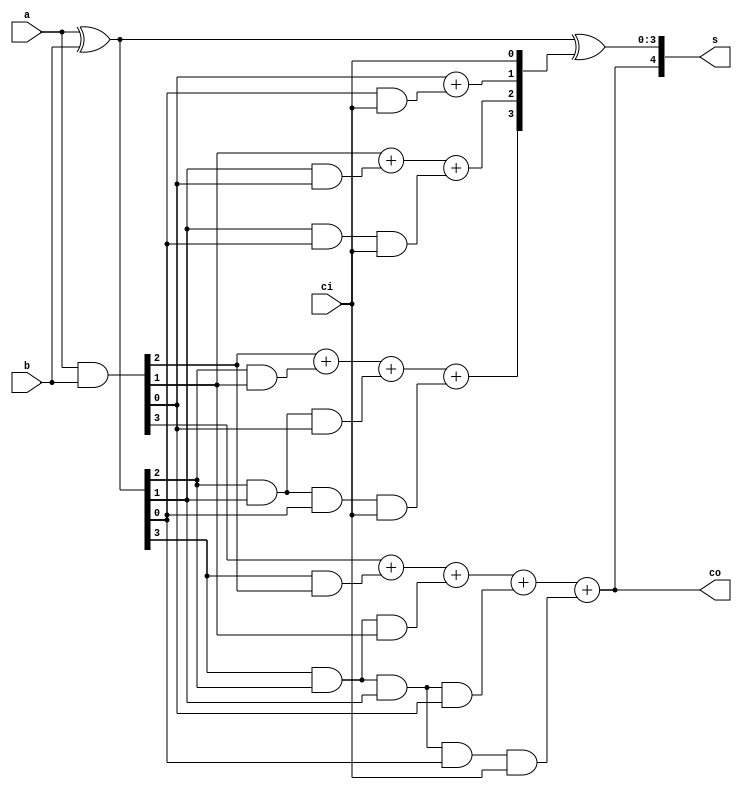
module claa(a,b,ci,co,s);
 input [3:0]a,b;
 output [4:0]s;
 input ci;
 output co;
 wire [3:0]G,P,C;
 assign G = a&b;
 assign P = a^b;
 assign co=G[3]+ (P[3]&G[2]) + (P[3]&P[2]&G[1]) +  (P[3]&P[2]&P[1]&G[0]) + (P[3]&P[2]&P[1]&P[0]&ci);
 assign C[3]=G[2] + (P[2]&G[1]) + (P[2]&P[1]&G[0]) +  (P[2]&P[1]&P[0]&ci);
 assign C[2]=G[1] + (P[1]&G[0]) + (P[1]&P[0]&ci);
 assign C[1]=G[0] + (P[0]&ci);
 assign C[0]=ci;
 assign s = {co,P^C};
endmodule